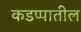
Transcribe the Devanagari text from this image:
कडप्पातील